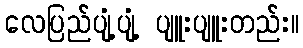
လေပြည်ပျံ့ပျံ့ ပျူးပျူးတည်း။